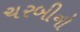
ચરબીનો